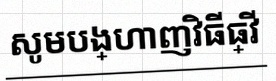
សូមបង្ហាញវិធីធ្វើ